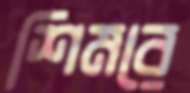
শিমরে